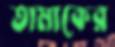
তামাকের